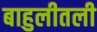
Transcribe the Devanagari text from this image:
बाहुलीतली